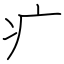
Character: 疒